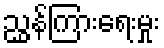
ညွှန်ကြားရေးမှုး